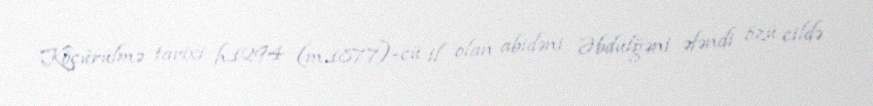
Köçürülmə tarixi h.1294 (m.1877)-cü il olan abidəni Əbdülğəni əfəndi özü cildə